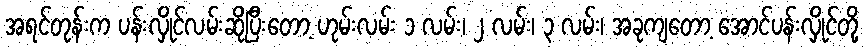
အရင်တုန်းက ပန်းလှိုင်လမ်းဆိုပြီးတော့ ဟုမ်းလမ်း ၁ လမ်း၊ ၂ လမ်း၊ ၃ လမ်း၊ အခုကျတော့ အောင်ပန်းလှိုင်တို့